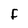
Character: f